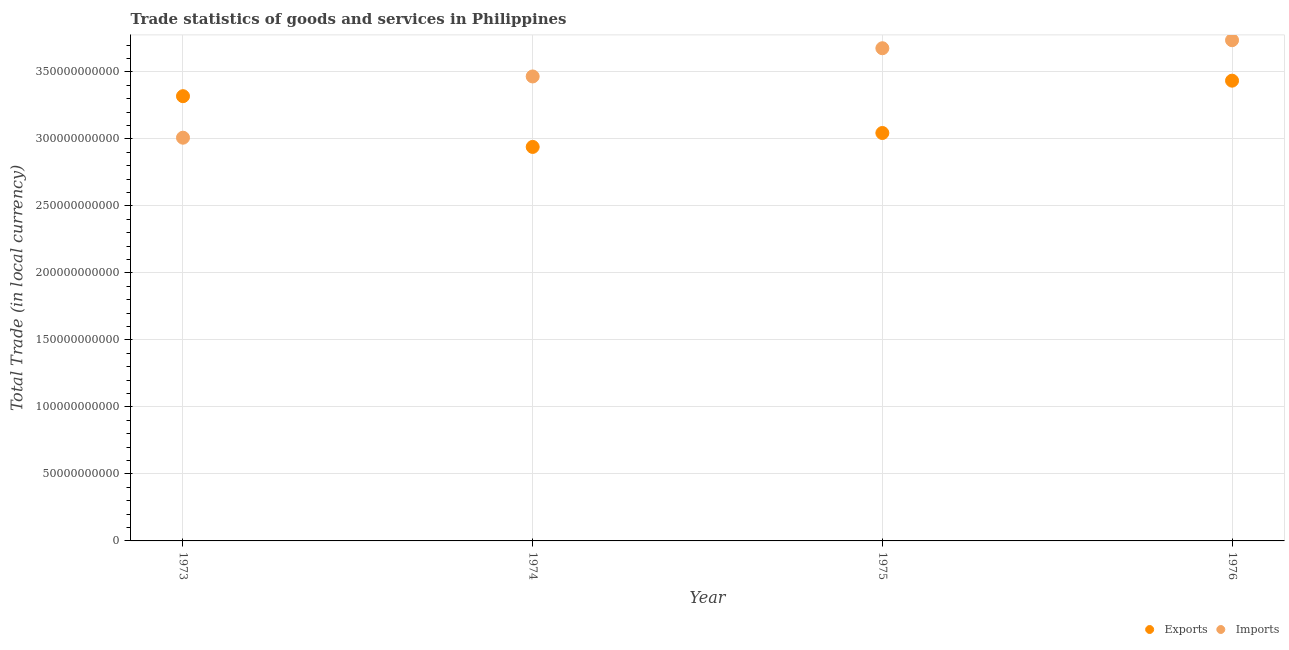
| Year | Exports | Imports |
 | --- | --- | --- |
 | 1973 | 3.32e+11 | 3.01e+11 |
 | 1974 | 2.94e+11 | 3.47e+11 |
 | 1975 | 3.04e+11 | 3.68e+11 |
 | 1976 | 3.43e+11 | 3.74e+11 |